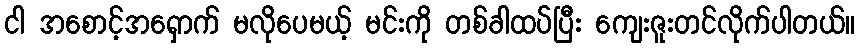
ငါ အစောင့်အရှောက် မလိုပေမယ့် မင်းကို တစ်ခါထပ်ပြီး ကျေးဇူးတင်လိုက်ပါတယ်။